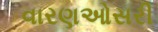
વારણઓસરી